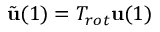
\tilde { \mathbf { u } } ( 1 ) = T _ { r o t } \mathbf { u } ( 1 )